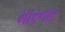
મારનાર